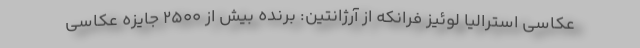
عکاسی استرالیا لوئیز فرانکه از آرژانتین: برنده بیش از 2500 جایزه عکاسی